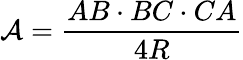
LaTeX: {\mathcal{A}}={\frac{AB\cdot BC\cdot CA}{4R}}